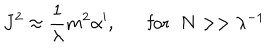
J ^ { 2 } \approx \frac { 1 } { \lambda } m ^ { 2 } \alpha ^ { \prime } , \mathrm { f o r } \; \; N > > \lambda ^ { - 1 }